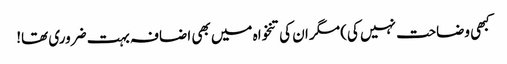
کبھی وضاحت نہیں کی) مگر ان کی تنخواہ میں بھی اضافہ بہت ضروری تھا!